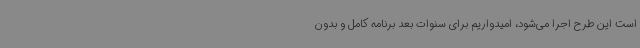
است این طرح اجرا می‌شود، امیدواریم برای سنوات بعد برنامه کامل و بدون